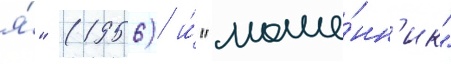
я́" (1956) и́ "моше́нн'ик"